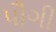
પૌગી